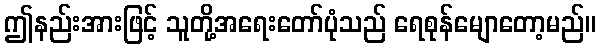
ဤနည်းအားဖြင့် သူတို့အရေးတော်ပုံသည် ရေစုန်မျောတော့မည်။